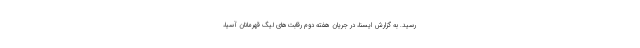
رسید. به گزارش ایسنا، در جریان هفته دوم رقابت‌های لیگ قهرمانان آسیا،